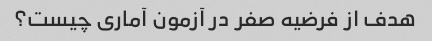
هدف از فرضیه صفر در آزمون آماری چیست؟